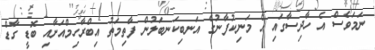
ނަމަވެސް އެ ހާދިސާގައި އެ މަނިކުފާނުގެ އަނބިކަނބަލުން ފާތިމަތު އިބްރާހިމްއަށާއި ބޮޑީ ގާޑް